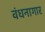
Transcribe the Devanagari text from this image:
वंधनागार